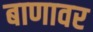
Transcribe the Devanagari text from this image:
बाणावर